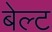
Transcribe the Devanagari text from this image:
बेल्‍ट